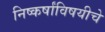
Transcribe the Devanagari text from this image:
निष्कर्षांविषयीचे